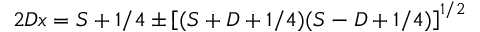
2 D x = S + 1 / 4 \pm \left[ ( S + D + 1 / 4 ) ( S - D + 1 / 4 ) \right] ^ { 1 / 2 }